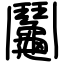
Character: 鬮